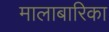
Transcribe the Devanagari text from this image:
मालाबारिका